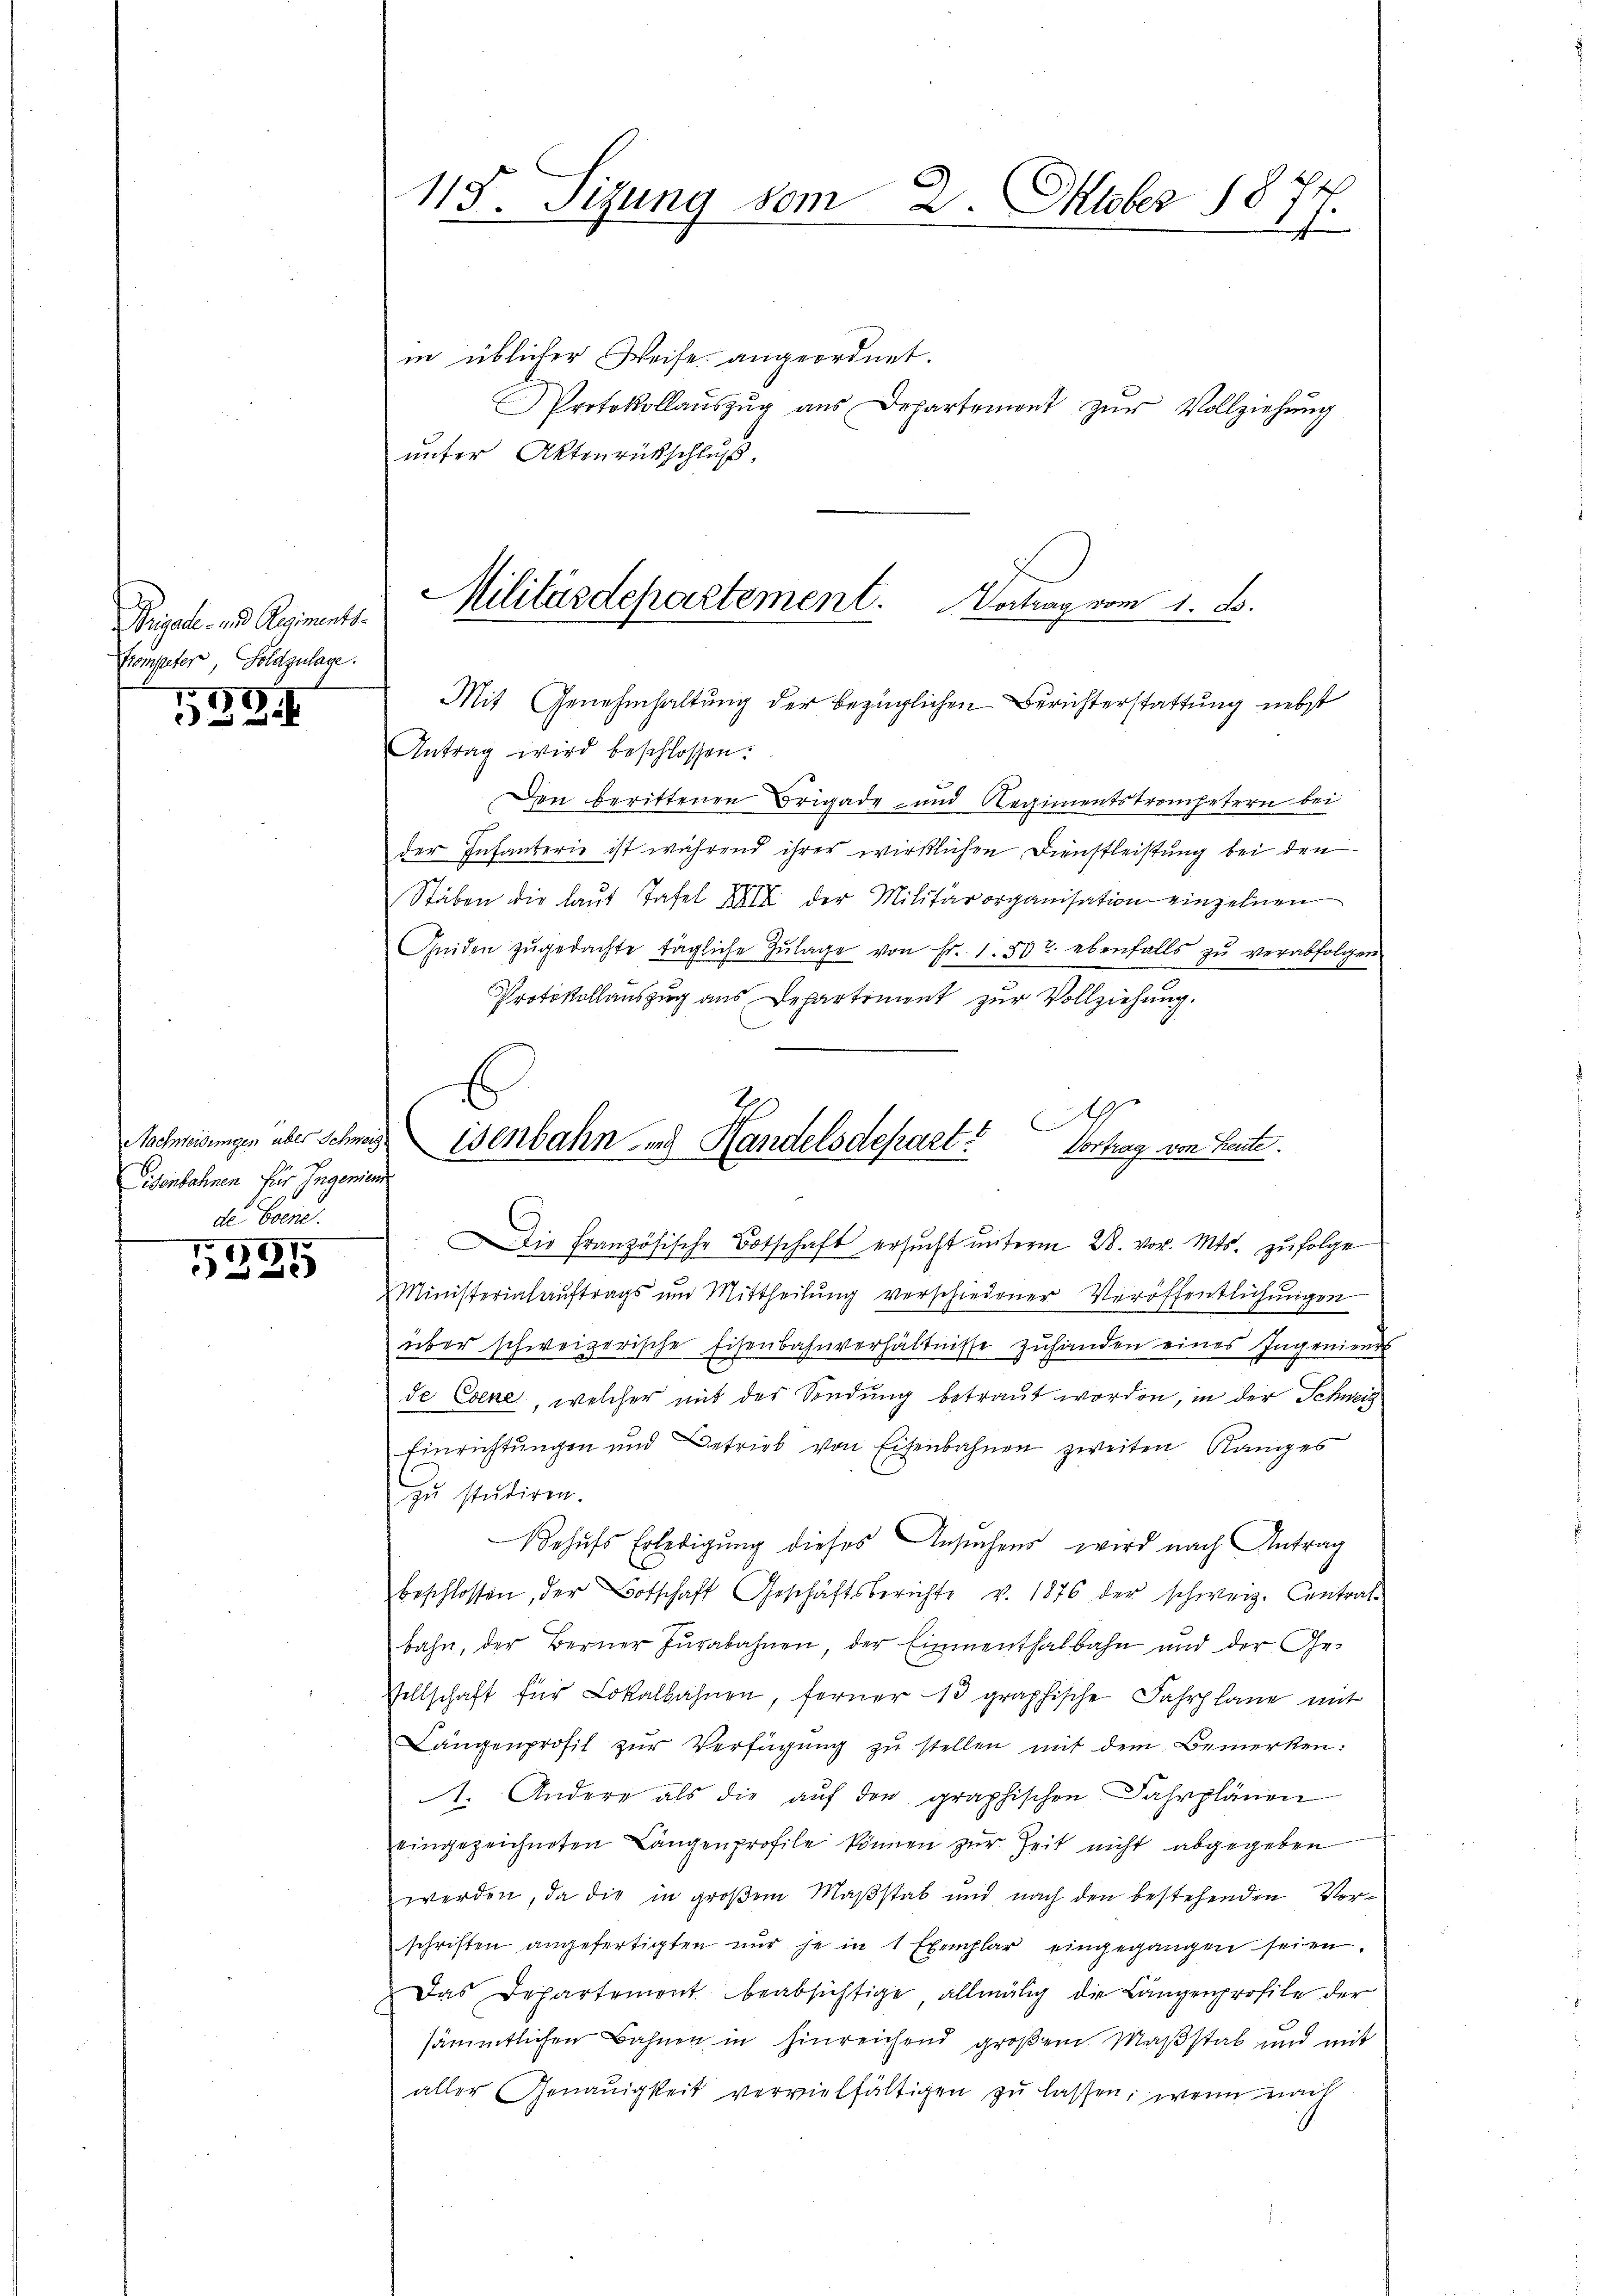
Priest und Reiments.
Krompeter, Goldzulage.

539.

Eisenbahnen für Ingeniens
de. Ebene

1912
e

115. Sizung vom 2. Oktober 18
7.
s

in üblicher Weise angeordnet.
Protokollaŭszŭg aŭs Departement zŭr Vollziehŭng
ŭnter Aktenrückschluß,
Mit Genehmhaltung der bezüglichen Berichterstattung nebst
Antrag wird beschlossen:
Den berittenen Brigade- und Regimentstrompetern bei
der Infanterie ist während ihrer wirklichen Dienstleistung bei den
Stäben die laŭt Tafel XXII der Militärorganisation einzelnen
Geiden zŭgedachte tägliche Zŭlage von Fr. 1.50 r. ebenfalls zŭ verabfolgen
Protokollauszug aus Departement zur Vollziehung.
Die Französische Botschaft ersŭcht ŭnterm 28. vor. Mts. zufolge
Ministerialaŭftrags um Mittheilŭng verschiedener Veröffentlichŭngen
über schweizerische Eisenbahnverhältnisse zuhanden eines Ingenieurs
de Evene, welcher mit der Sendung betraut worden, in der Schweiz
Einrichtungen und Betrieb von Eisenbahnen zweiten Ranges
zu studiren.
Behufs Erledigung dieses Ansuchens wird nach Antrag
beschlossen, der Botschaft Geschäftsberichte v. 1876 der schweiz. Centrat
bahn, der Berner Zŭrabahnen, der Einmenthalbahn und der Ge-
Vellschaft für Lokalbahnen, ferner 13 graphische Fahrplane mit
Längenprofit zur Verfügung zu stellen mit dem Bemerken:
1. Andere als die aŭf den graphischen Fahrplänen
eingezeichneten Längenprofile können zur Zeit nicht abgegeben
werden, da die in großem Maßstab und nach den bestehenden Vorschriften angefertigten nur je in 1 Exemplar eingegangen seien.
Das Departement beabsichtige, allmälig die Längenprofile der
sämmtlichen Bahnen in hinreichend großem Maßstab und mit
aller Genauigkeit vervielfältigen zŭ lassen; wenn nach

Militärdepartement. Vortrag vom 1. A.

6
9
Nachmeidungen über Schneisenbahn- und Handelsdepart? Vortrag von Leute.